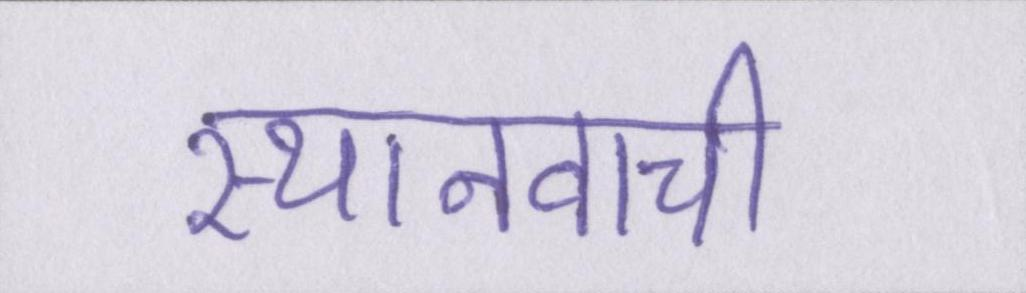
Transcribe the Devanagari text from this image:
स्थानवाची